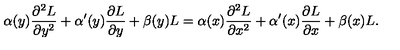
\alpha ( y ) { \frac { \partial ^ { 2 } L } { \partial y ^ { 2 } } } + \alpha ^ { \prime } ( y ) { \frac { \partial L } { \partial y } } + \beta ( y ) L = \alpha ( x ) { \frac { \partial ^ { 2 } L } { \partial x ^ { 2 } } } + \alpha ^ { \prime } ( x ) { \frac { \partial L } { \partial x } } + \beta ( x ) L .